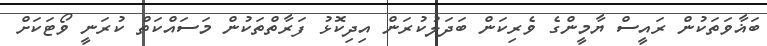
ބަޣާވަތަކުން ރައީސް ޔާމީންގެ ވެރިކަން ބަދަލުކުރަން އިދިކޮޅު ފަރާތްތަކުން މަސައްކަތް ކުރަނީ ވޯޓަކަށް